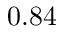
0 . 8 4